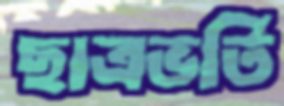
ছাত্রভর্তি